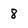
Character: 8